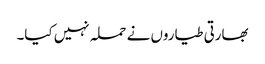
بھارتی طیاروں نے حملہ نہیں کیا۔